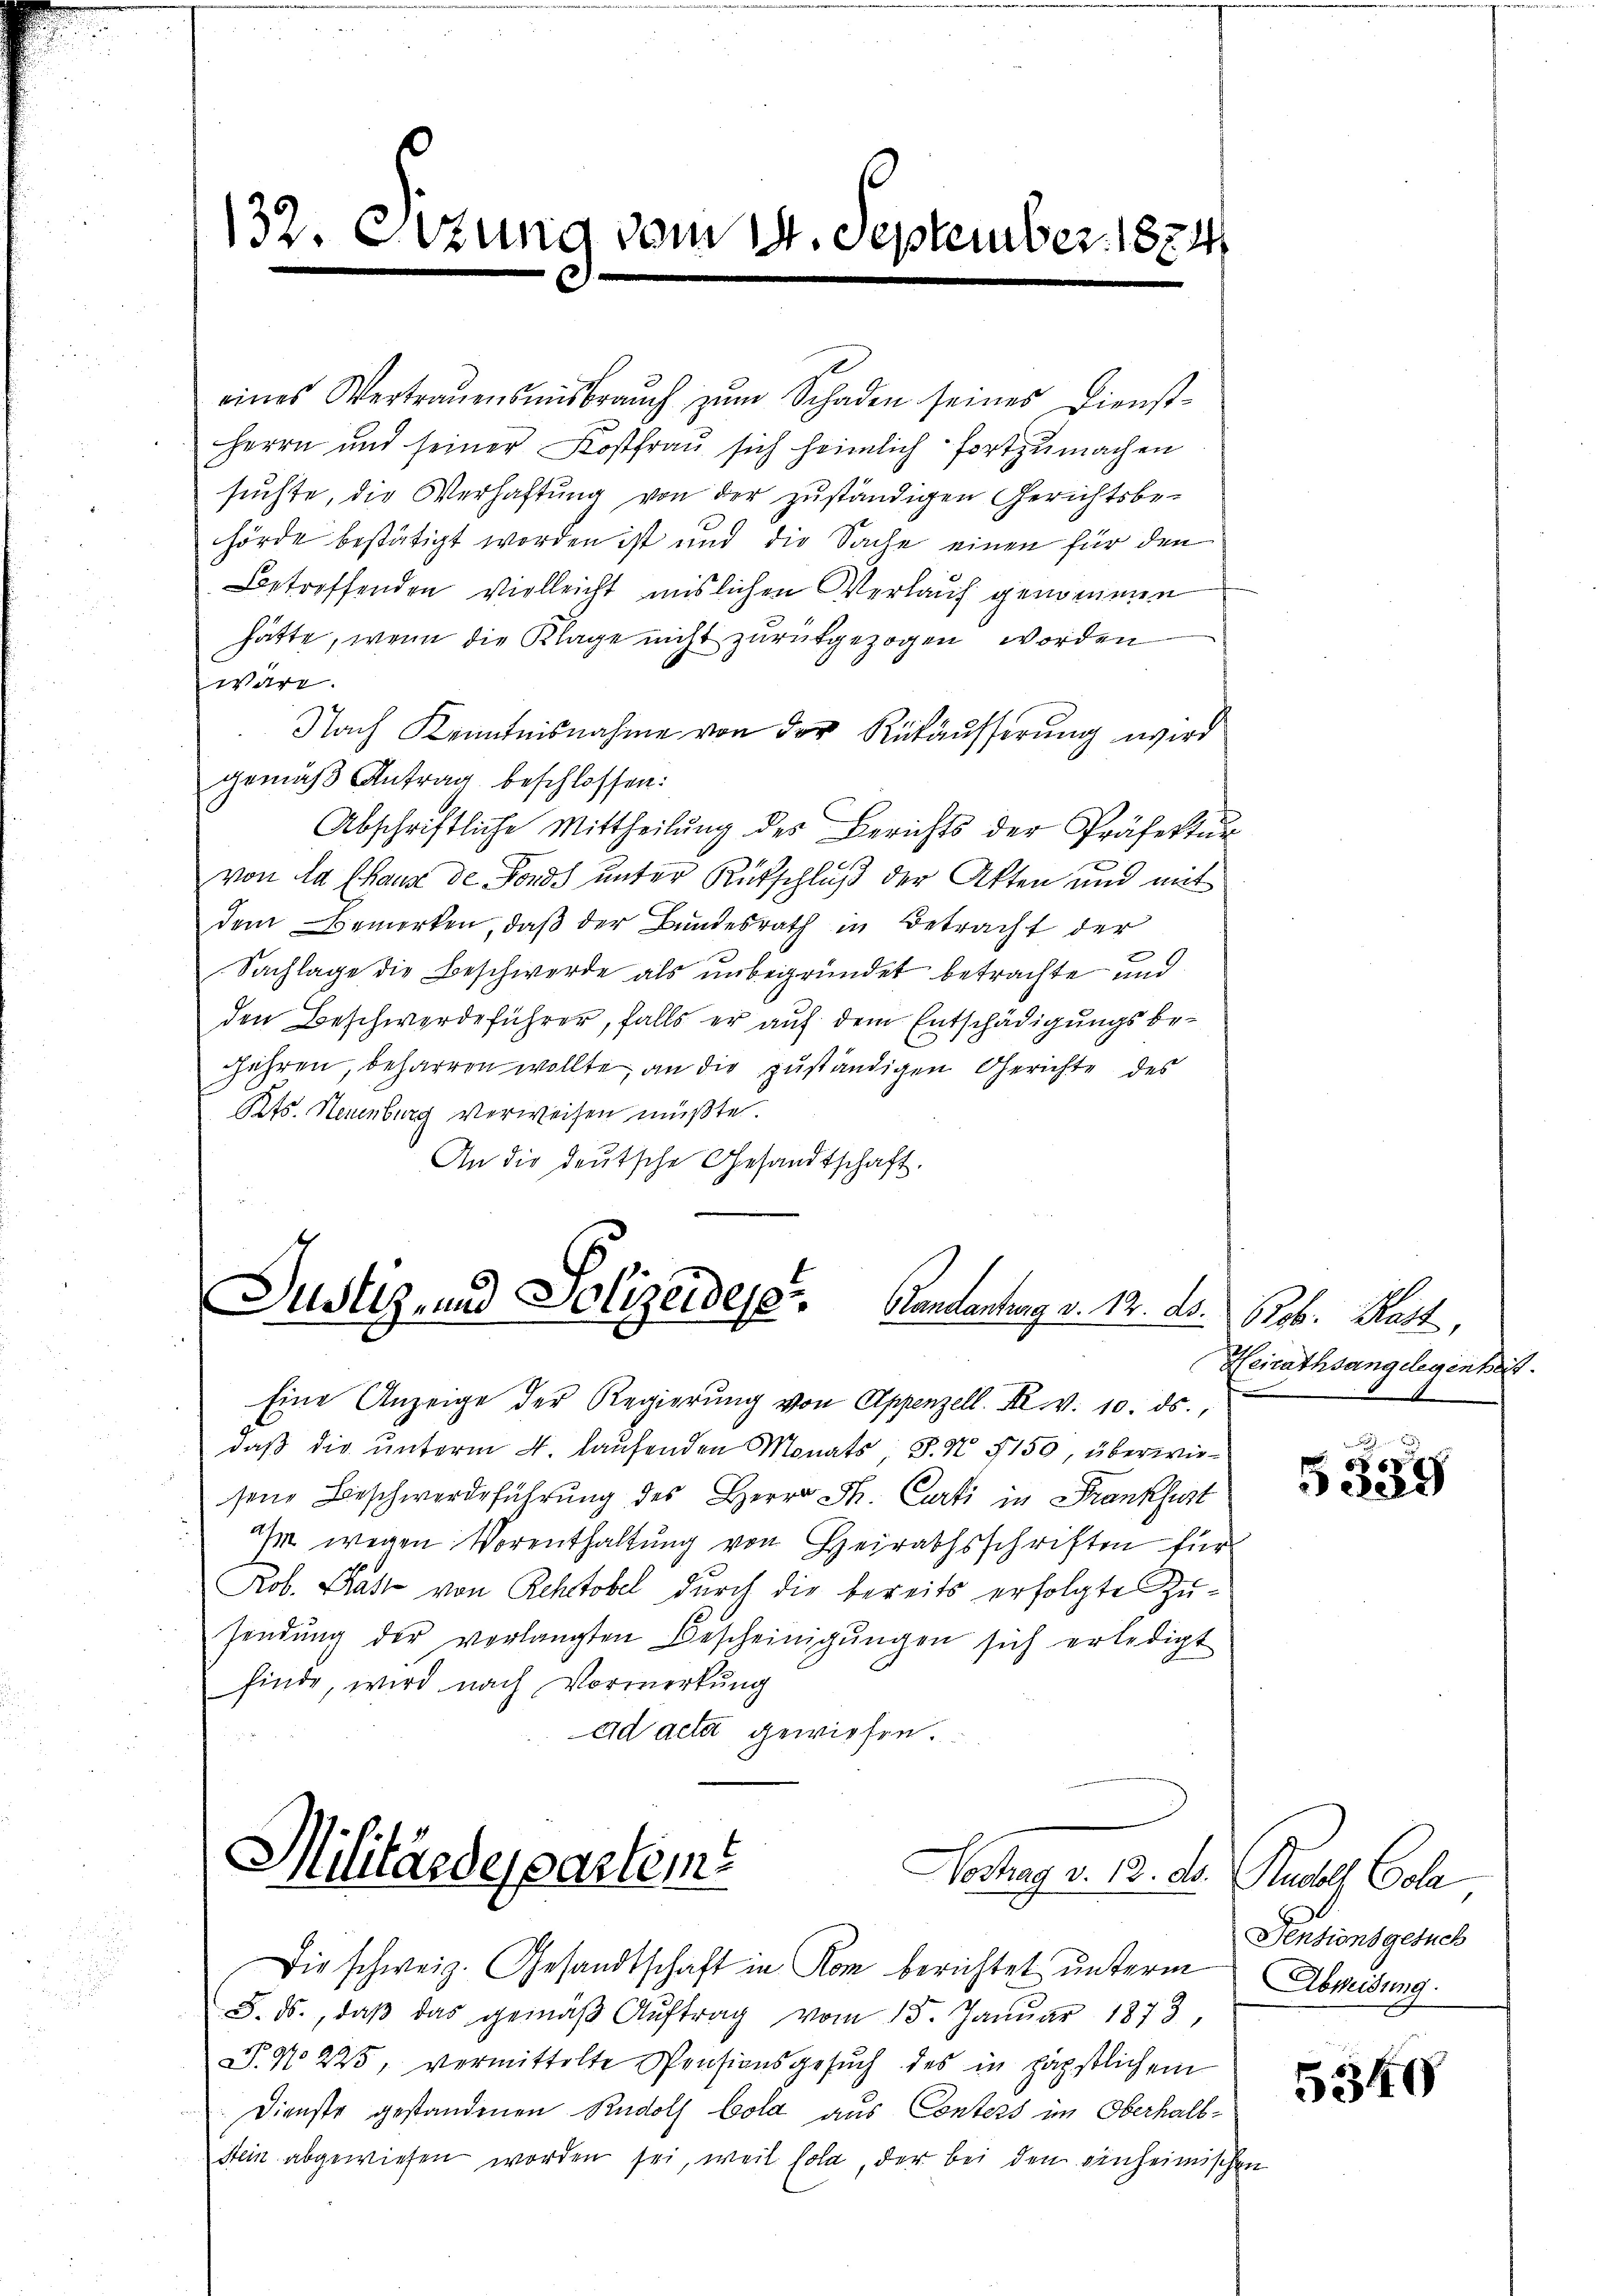
132. Etzung vom 14. September 1874

eines Vertrauensmisbraŭch zŭm Schaden seines Dienst-
Herrn und seiner Kostfrau sich heimlich fortzumachen
suchte, die Verhaftung von der zuständigen Gerichtsbe-
hörde bestätigt worden ist und die Sache einen für den
Betreffenden vielleicht mislichen Verlauf genommen
hätte, wenn die Klage nicht zurückgezogen worden
wäre.
 Nach Kenntnisnahme von der Rükäusserung wird
gemäß Antrag beschlossen:
Abschriftliche Mittheilŭng des Berichts der Präfektŭr
von da Chaux de Fonds unter Rutschluß der Akten und mit
dem Bemerken, daß der Bundesrath in Betracht der
Sachlage die Beschwerde als unbegründet betrachte und
den Beschwerdeführer, falls er auf dem Entschädigungsbe¬
Führen, beharren wollte, an die zuständigen Gerichte des
Kts. Neuenburg verweisen müßte.
An die deutsche Gesandtschaft.

Justiz und Polizeideser Gendantrag v. 12. Ad. 6. Mart,

Eine Anzeige der Regierŭng von Appenzell. Dr. v. 10. ds.,
daß die unterm 4. laufenden Monats S. N. 5150, überwiesene Beschwerdeführung des Herrn Fr. Curti in Frankfurt
ihm wegen Vorenthaltung von Heirathsschriften für
Prob. Blatt von Rehtobel durch die bereits erfolgte Zusendŭng der vorlangten Bescheinigŭngen sich erledigt
finde, wird nach Vormerkung
ad acta gewiesen.

Militärdeparteme

Heirathsangelegenheit.

Vostrag v. 13. ds. Rudolf Coola
Die schweiz. Gesandtschaft in Rom berichtet unterm
8. ds., daβ das gemäβ Aŭftrag vom 15. Janŭar 1873,
F. No. 225, vermittelte Pensionsgesŭch des in päpstlichem
Dienste gestandenen Rudolf Cola aus Conters im Oberhalb¬
Stein abgewiesen worden sei, weil sola, der bei den einheimischen

5339

Ventionsgesuch
Abweisung.

5340